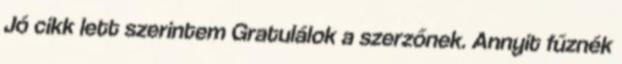
Jó cikk lett szerintem Gratulálok a szerzőnek. Annyit fűznék